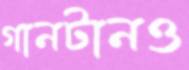
গানটানও